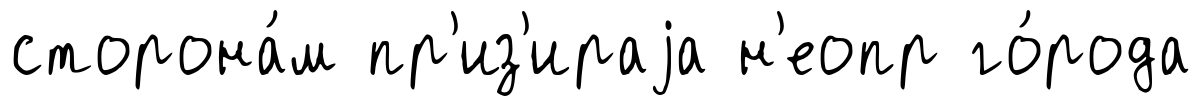
сторона́м пр'из'ираjа н'еопр го́рода